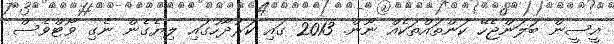
އީސީން ބަލަންޖެހޭ ކަންތައްތަކެއް ނޫން. 2013 ގައި ކަރުދާހުގައި ލިޔެގެން ނެގި ވޯޓްވެސް